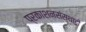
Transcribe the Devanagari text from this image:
प्रकाशनसंस्थाही